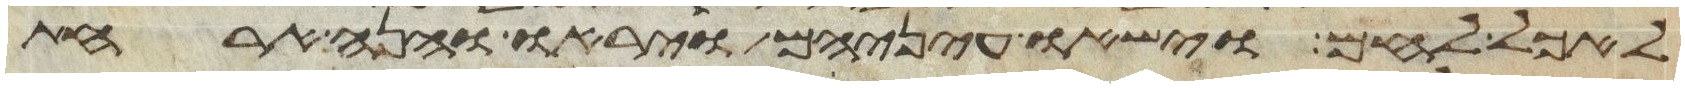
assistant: לאכל לחם וישאו עיניהם ויראו והנה ארחת